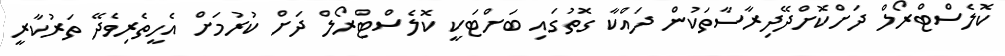
ކޮލެސްޓްރޯލް ދަށްކޮށްދޭދިރާސާތަކުން ދައްކާ ގޮތުގައި ބަށްޓަކީ ކޮލެސްޓްރޯލް ދަށް ކުރުމަށް އެހީތެރިވެދޭ ތަރުކާރީ